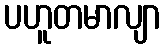
ပဟူတမာလျာ